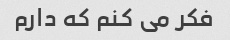
فکر می کنم که دارم